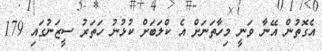
އެގޮތުން އޭނާ ވަނީ މިހާތަނަށް އެ ކްލަބަށް ކުޅުނު ހަތަރު ސީޒަނުގައި 179